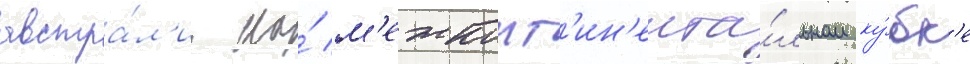
австра́л'ии на́ м'ежконт'ин'ента́льном ку́бк'е